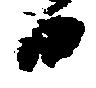
日